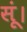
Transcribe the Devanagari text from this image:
सूं।